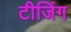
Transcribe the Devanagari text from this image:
टीजिंग